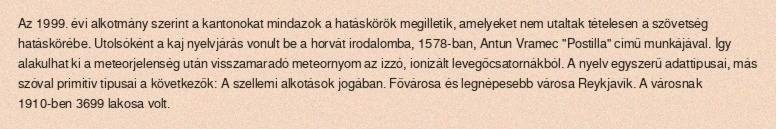
Az 1999. évi alkotmány szerint a kantonokat mindazok a hatáskörök megilletik, amelyeket nem utaltak tételesen a szövetség hatáskörébe. Utolsóként a kaj nyelvjárás vonult be a horvát irodalomba, 1578-ban, Antun Vramec "Postilla" című munkájával. Így alakulhat ki a meteorjelenség után visszamaradó meteornyom az izzó, ionizált levegőcsatornákból. A nyelv egyszerű adattípusai, más szóval primitív típusai a következők: A szellemi alkotások jogában. Fővárosa és legnépesebb városa Reykjavík. A városnak 1910-ben 3699 lakosa volt.